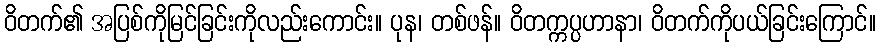
ဝိတက်၏ အပြစ်ကိုမြင်ခြင်းကိုလည်းကောင်း။ ပုန၊ တစ်ဖန်။ ဝိတက္ကပ္ပဟာနာ၊ ဝိတက်ကိုပယ်ခြင်းကြောင်။